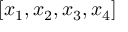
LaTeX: [ x _ { 1 } , x _ { 2 } , x _ { 3 } , x _ { 4 } ]